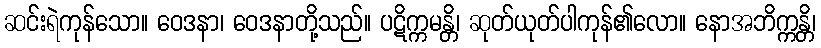
ဆင်းရဲကုန်သော။ ဝေဒနာ၊ ဝေဒနာတို့သည်။ ပဋိက္ကမန္တိ၊ ဆုတ်ယုတ်ပါကုန်၏လော။ နောအဘိက္ကန္တိ၊